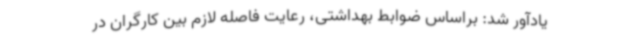
یادآور شد: براساس ضوابط بهداشتی، رعایت فاصله لازم بین کارگران در